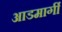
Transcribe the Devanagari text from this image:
आडमार्गीं